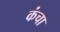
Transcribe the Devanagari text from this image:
कंचा